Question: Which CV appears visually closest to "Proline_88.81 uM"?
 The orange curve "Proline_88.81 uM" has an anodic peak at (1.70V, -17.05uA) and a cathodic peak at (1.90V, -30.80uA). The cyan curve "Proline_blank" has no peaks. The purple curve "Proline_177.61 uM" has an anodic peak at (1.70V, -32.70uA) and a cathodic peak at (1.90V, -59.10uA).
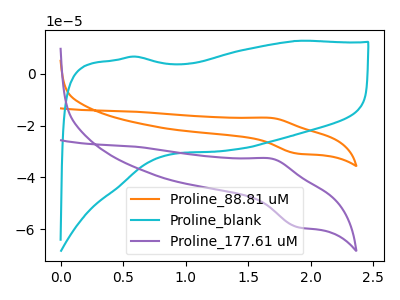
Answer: <think>"Proline_88.81 uM" and "Proline_blank" have a different number of peaks. All the peaks in "Proline_88.81 uM" have a peak in "Proline_177.61 uM" at the same potential. "Proline_blank" and "Proline_177.61 uM" have a different number of peaks.
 </think>
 <answer>The CV with the most similar shape to "Proline_177.61 uM" is "Proline_88.81 uM".</answer>
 <eval>"Proline_88.81 uM"</eval>